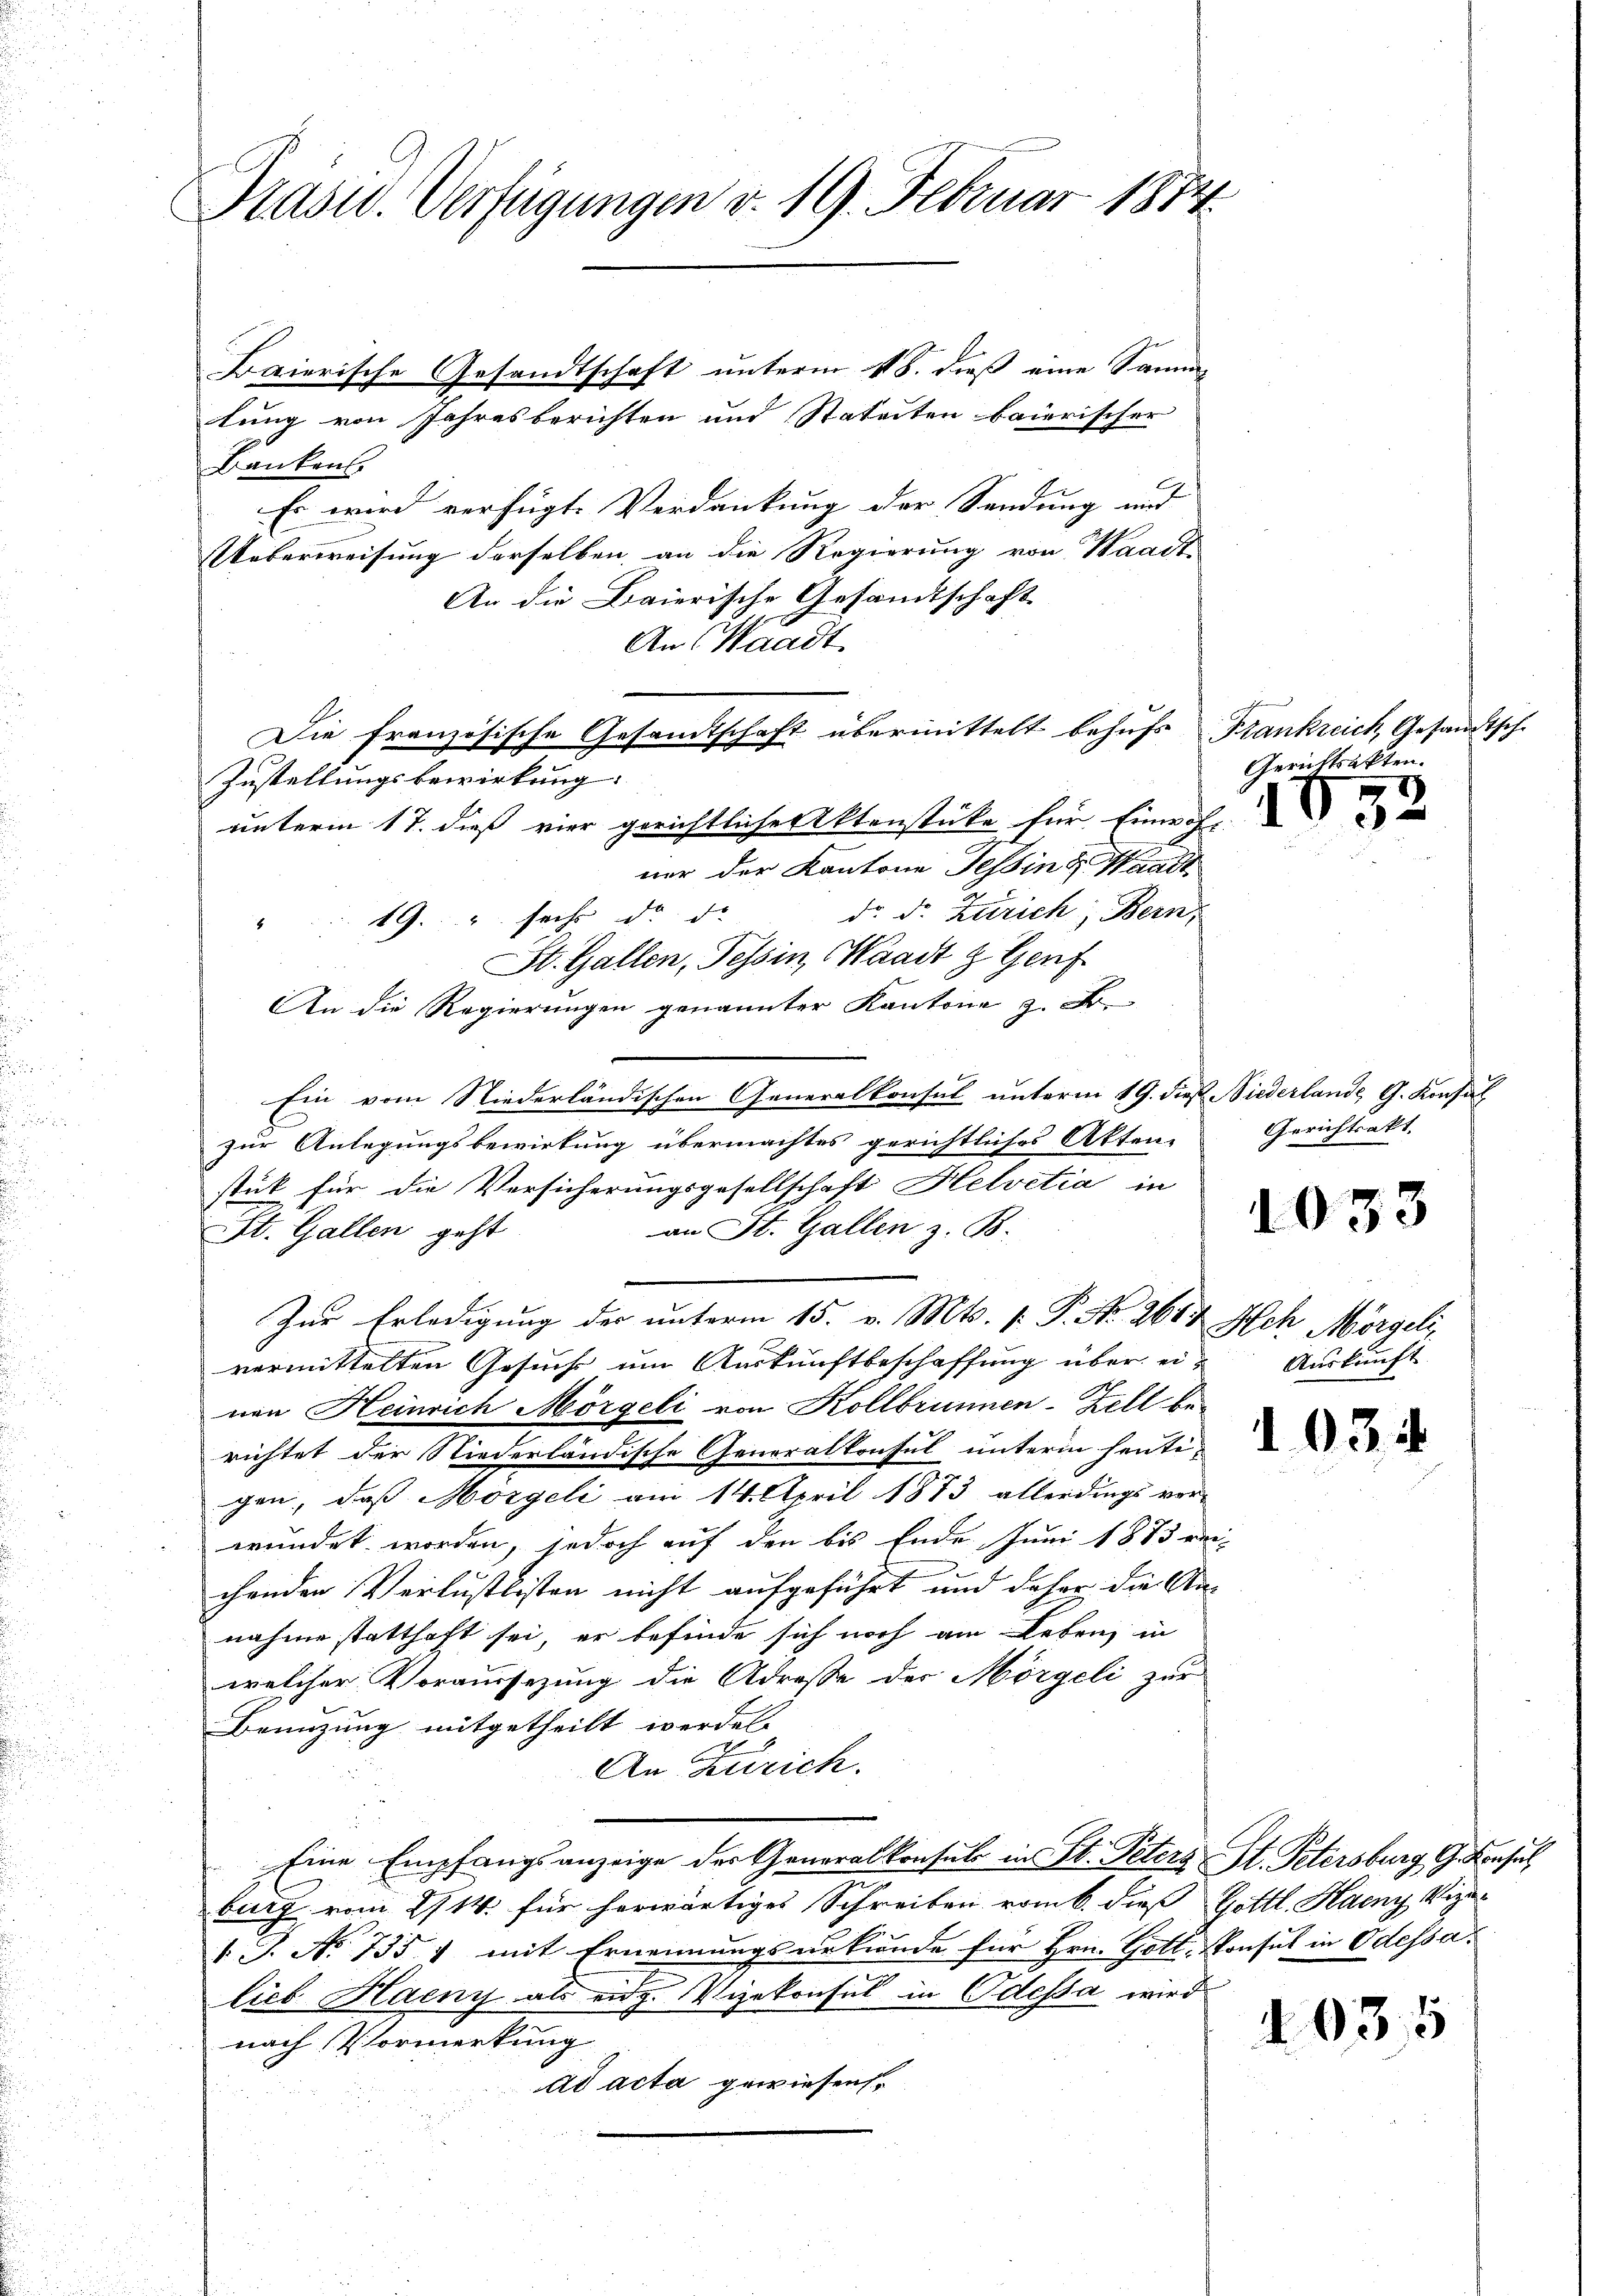
Präsid. Verfügungen v. 19. Februar 1874

Baierische Gesandtschaft unterm 18. dieß eine Samm-
tung von Jahresberichten und Statuten baierischer
Bankens
Es wird verfügte Verdankung der Sendung und
Ueberweisung derselben an die Regierung von Waadt-
An die Baierische Gesandtschaft-
An Waadt
Die französische Gesandtschaft übermittelt behufs Frankreich, Gesandtsch-
Zustellungsbewirkung.
unterm 17. dieß vier gerichtliche Aktenstücke für Einwohl
ner der Kantone Tessin se
"19. " sechs d. d. d. d. Zürich, Bern,
St. Gallen, Tessin, Waadt & Genf
An die Regierungen genannter Kantone z. Fr.
Ein vom Niederländischen Generalkonsul unterm 19. dieß Niederlande G. Konsul
zur Anlegungsbewirkung übermachtes gerichtliches Akten-
stik für die Versicherungsgesellschaft Helvetia in
an St. Gallen z. B.
St. Gallen geht
Zur Erledigung der unterm 15. v. Mts. 1. P. No. 2617 Ach Morgeli
vermittelten Gesuch um Auskunftbeschaffung über ein Auskunft
nen Heinrich Mörgeli von Kollbrunnen-Zell berichtet der Niederländische Generalkonsul unterm heute
gen, daß Morgeli am 14. April 1873 allerdings ver-
wundet worden, jedoch auf den bis Ende Juni 1883 ver-
.
chenden Verlustlisten nicht aufgeführt und daher die Annahme statthaft sei, er befinde sich noch am Leben, in
welcher Voraussetzung die Adresse der Mörgeli zur
Benutzung mitgetheilt werden.
An Zürich.
Eine Empfangsanzeige der Generalkonsul in St. Peters St. Petersburg Gesuch
burg vom 2/14. für herwärtiges Schreiben vom 6. dieß Gottl. Haeny Vize
1 J. No. 735 f mit Ernennungsurkunde für Hrn. Gott. Konsul in Odessa.
lieb Haeny als eidg. Vizekonsul in Odessa wird
nach Vormerkung
ad acta gewiesen.

Gerichtsakten.
1052

e

Gerichtsakt

1033

4035